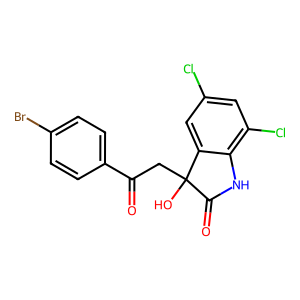
SMILES: O=C(CC1(O)C(=O)Nc2c(Cl)cc(Cl)cc21)c1ccc(Br)cc1
Inhibits HIV replication: No